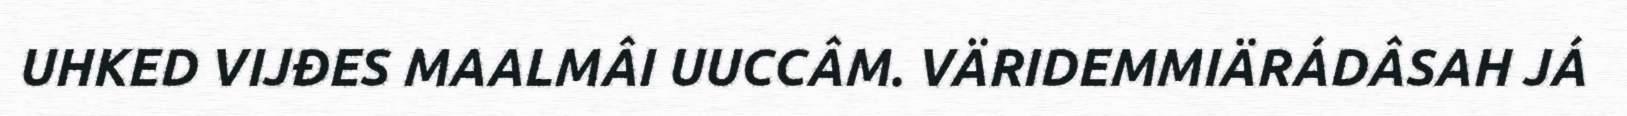
UHKED VIJĐES MAALMÂI UUCCÂM. VÄRIDEMMIÄRÁDÂSAH JÁ